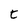
Character: t